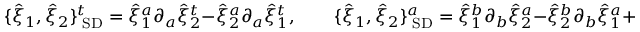
\{ { \hat { \xi } } _ { 1 } , { \hat { \xi } } _ { 2 } \} _ { \mathrm { \scriptsize ~ S D } } ^ { t } = { \hat { \xi } } _ { 1 } ^ { a } \partial _ { a } { \hat { \xi } } _ { 2 } ^ { t } - { \hat { \xi } } _ { 2 } ^ { a } \partial _ { a } { \hat { \xi } } _ { 1 } ^ { t } , \qquad \{ { \hat { \xi } } _ { 1 } , { \hat { \xi } } _ { 2 } \} _ { \mathrm { \scriptsize ~ S D } } ^ { a } = { \hat { \xi } } _ { 1 } ^ { b } \partial _ { b } { \hat { \xi } } _ { 2 } ^ { a } - { \hat { \xi } } _ { 2 } ^ { b } \partial _ { b } { \hat { \xi } } _ { 1 } ^ { a } + g ^ { a b } \left( { \hat { \xi } } _ { 1 } ^ { t } \partial _ { b } { \hat { \xi } } _ { 2 } ^ { t } - { \hat { \xi } } _ { 2 } ^ { t } \partial _ { b } { \hat { \xi } } _ { 1 } ^ { t } \right) .